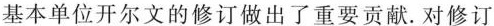
基本单位开尔文的修订做出了重要贡献。对修订